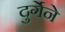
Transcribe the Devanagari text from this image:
दुर्गेने